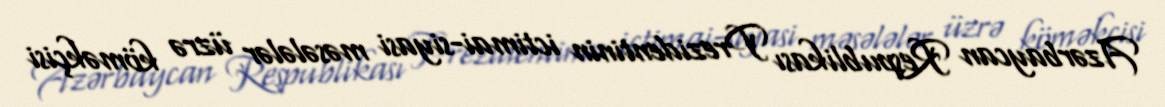
Azərbaycan Respublikası Prezidentinin ictimai-siyasi məsələlər üzrə köməkçisi